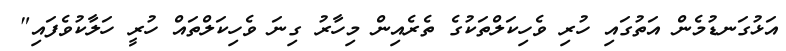
އަޅުގަނޑުމެން އަތުގައި ހުރި ވެހިކަލްތަކުގެ ތެރެއިން މިހާރު ގިނަ ވެހިކަލްތައް ހުރީ ހަލާކުވެފައި"